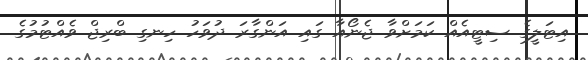
އިޓަލީގެ ސިޓީއެއް ކަމަށްވާ ޖެނޯއާ ގައި އަންގާރަ ދުވަހު ހިނގި ބްރިޖް ވެއްޓުމުގެ